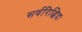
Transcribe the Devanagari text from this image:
सर्वरिद्धिदः